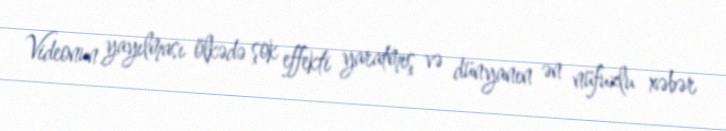
Videonun yayılması ölkədə şok effekti yaratmış və dünyanın ən nüfuzlu xəbər